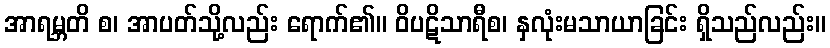
အာရမ္ဘတိ စ၊ အာပတ်သို့လည်း ရောက်၏။ ဝိပဋိသာရီစ၊ နှလုံးမသာယာခြင်း ရှိသည်လည်း။